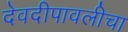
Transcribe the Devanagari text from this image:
देवदीपावलीचा